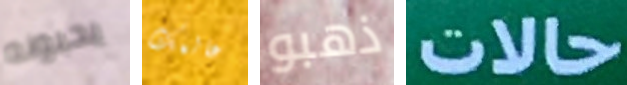
يحبونه عالمك ذهبو حالات